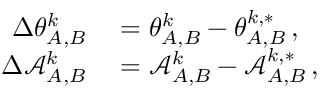
\begin{array} { r l } { \Delta \theta _ { A , B } ^ { k } } & { { } = \theta _ { A , B } ^ { k } - \theta _ { A , B } ^ { k , * } \, , } \\ { \Delta \mathcal { A } _ { A , B } ^ { k } } & { { } = \mathcal { A } _ { A , B } ^ { k } - \mathcal { A } _ { A , B } ^ { k , * } \, , } \end{array}